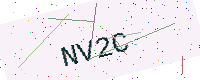
Text: NV2C